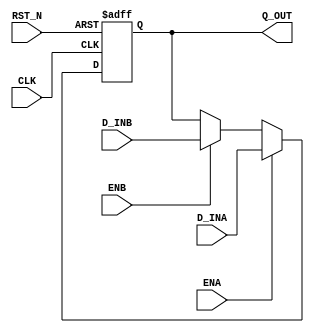

// Copyright (c) 2000-2009 Bluespec, Inc.

// Permission is hereby granted, free of charge, to any person obtaining a copy
// of this software and associated documentation files (the "Software"), to deal
// in the Software without restriction, including without limitation the rights
// to use, copy, modify, merge, publish, distribute, sublicense, and/or sell
// copies of the Software, and to permit persons to whom the Software is
// furnished to do so, subject to the following conditions:

// The above copyright notice and this permission notice shall be included in
// all copies or substantial portions of the Software.

// THE SOFTWARE IS PROVIDED "AS IS", WITHOUT WARRANTY OF ANY KIND, EXPRESS OR
// IMPLIED, INCLUDING BUT NOT LIMITED TO THE WARRANTIES OF MERCHANTABILITY,
// FITNESS FOR A PARTICULAR PURPOSE AND NONINFRINGEMENT. IN NO EVENT SHALL THE
// AUTHORS OR COPYRIGHT HOLDERS BE LIABLE FOR ANY CLAIM, DAMAGES OR OTHER
// LIABILITY, WHETHER IN AN ACTION OF CONTRACT, TORT OR OTHERWISE, ARISING FROM,
// OUT OF OR IN CONNECTION WITH THE SOFTWARE OR THE USE OR OTHER DEALINGS IN
// THE SOFTWARE.
//
// $Revision: 17872 $
// $Date: 2009-09-18 14:32:56 +0000 (Fri, 18 Sep 2009) $

`ifdef BSV_ASSIGNMENT_DELAY
`else
`define BSV_ASSIGNMENT_DELAY
`endif


module RegTwoA(CLK, RST_N, Q_OUT, D_INA, ENA, D_INB, ENB);
   // synopsys template   
   parameter width = 1;
   parameter init  = { width {1'b0 }} ;


   input     CLK;
   input     RST_N;
   input     ENA ;
   input     ENB;
   input [width - 1 : 0] D_INA;
   input [width - 1 : 0] D_INB;
   
   output [width - 1 : 0] Q_OUT;
   reg [width - 1 : 0]    Q_OUT;

   always@(posedge CLK or negedge RST_N)
     begin
        if (RST_N == 0)
          Q_OUT <= `BSV_ASSIGNMENT_DELAY init;
        else 
          begin
             if (ENA)
               Q_OUT <= `BSV_ASSIGNMENT_DELAY D_INA;
             else if (ENB)
               Q_OUT <= `BSV_ASSIGNMENT_DELAY D_INB;
          end // else: !if(RST_N == 0)        
     end

`ifdef BSV_NO_INITIAL_BLOCKS
`else // not BSV_NO_INITIAL_BLOCKS
   // synopsys translate_off
   initial
     begin
        Q_OUT = {((width + 1)/2){2'b10}} ;
     end
   // synopsys translate_on
`endif // BSV_NO_INITIAL_BLOCKS

endmodule